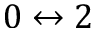
0 \leftrightarrow 2